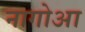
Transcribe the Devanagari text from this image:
नागोआ